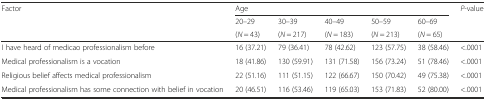
<table><thead><tr><td rowspan="3"><b>Factor</b></td><td colspan="5"><b>Age</b></td><td rowspan="3"><b><i>P</i>-value</b></td></tr><tr><td><b>20–29</b></td><td><b>30–39</b></td><td><b>40–49</b></td><td><b>50–59</b></td><td><b>60–69</b></td></tr><tr><td><b>(<i>N</i> = 43)</b></td><td><b>(<i>N</i> = 217)</b></td><td><b>(<i>N</i> = 183)</b></td><td><b>(<i>N</i> = 213)</b></td><td><b>(<i>N</i> = 65)</b></td></tr></thead><tbody><tr><td>I have heard of medicao professionalism before</td><td>16 (37.21)</td><td>79 (36.41)</td><td>78 (42.62)</td><td>123 (57.75)</td><td>38 (58.46)</td><td>&lt;.0001</td></tr><tr><td>Medical professionalism is a vocation</td><td>18 (41.86)</td><td>130 (59.91)</td><td>131 (71.58)</td><td>156 (73.24)</td><td>51 (78.46)</td><td>&lt;.0001</td></tr><tr><td>Religious belief affects medical professionalism</td><td>22 (51.16)</td><td>111 (51.15)</td><td>122 (66.67)</td><td>150 (70.42)</td><td>49 (75.38)</td><td>&lt;.0001</td></tr><tr><td>Medical professionalism has some connection with belief in vocation</td><td>20 (46.51)</td><td>116 (53.46)</td><td>119 (65.03)</td><td>153 (71.83)</td><td>52 (80.00)</td><td>&lt;.0001</td></tr></tbody></table>